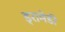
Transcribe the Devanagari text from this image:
ड्रामेडी